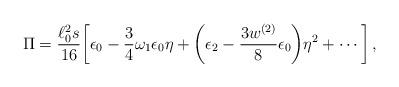
LaTeX: \begin{align*}\Pi =\frac{\ell _0^2s}{16}\biggl[\epsilon _0-\frac{3}{4}\omega_1\epsilon_0 \eta +\biggl(\epsilon _2 -\frac{3w^{(2)}}{8}\epsilon_0\biggl)\eta ^2 +\cdots \biggr]\, ,\end{align*}